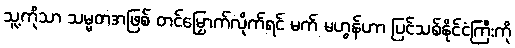
သူ့ကိုသာ သမ္မတအဖြစ် တင်မြှောက်လိုက်ရင် မက် မဟွန်ဟာ ပြင်သစ်နိုင်ငံကြီးကို